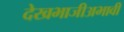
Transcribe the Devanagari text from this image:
देखभाजीअभावी